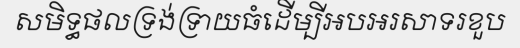
សមិទ្ធផលទ្រង់ទ្រាយធំដើម្បីអបអរសាទរខួប